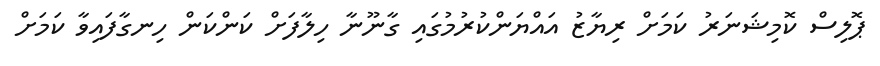
ޕޮލިސް ކޮމިޝަނަރު ކަމަށް ރިޔާޒު އައްޔަންކުރުމުގައި ގާނޫނާ ހިލާފަށް ކަންކަން ހިނގާފައިވާ ކަމަށް